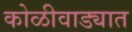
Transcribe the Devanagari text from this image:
कोळीवाड्यात